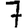
Digit: 7